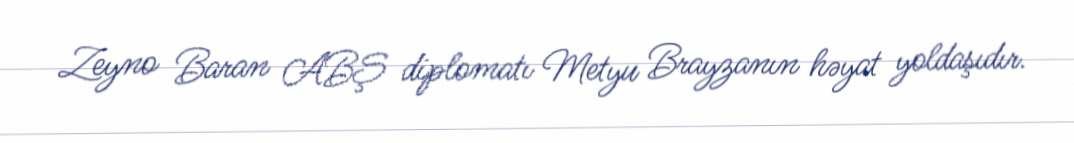
Zeyno Baran ABŞ diplomatı Metyu Brayzanın həyat yoldaşıdır.